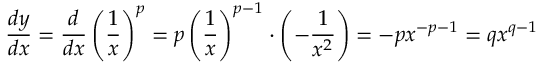
{ \frac { d y } { d x } } = { \frac { d } { d x } } \left( { \frac { 1 } { x } } \right) ^ { p } = p \left( { \frac { 1 } { x } } \right) ^ { p - 1 } \cdot \left( - { \frac { 1 } { x ^ { 2 } } } \right) = - p x ^ { - p - 1 } = q x ^ { q - 1 }